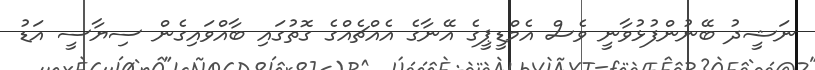
ނަޝީދު ބޭނުންފުޅުވާނީ ވެސް އެމްޑީޕީގެ އޭނާގެ އެއްޗެއްގެ ގޮތުގައި ބާއްވައިގެން ސިޔާސީ އަޑު